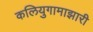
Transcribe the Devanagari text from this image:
कलियुगामाझारी